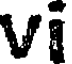
Vi